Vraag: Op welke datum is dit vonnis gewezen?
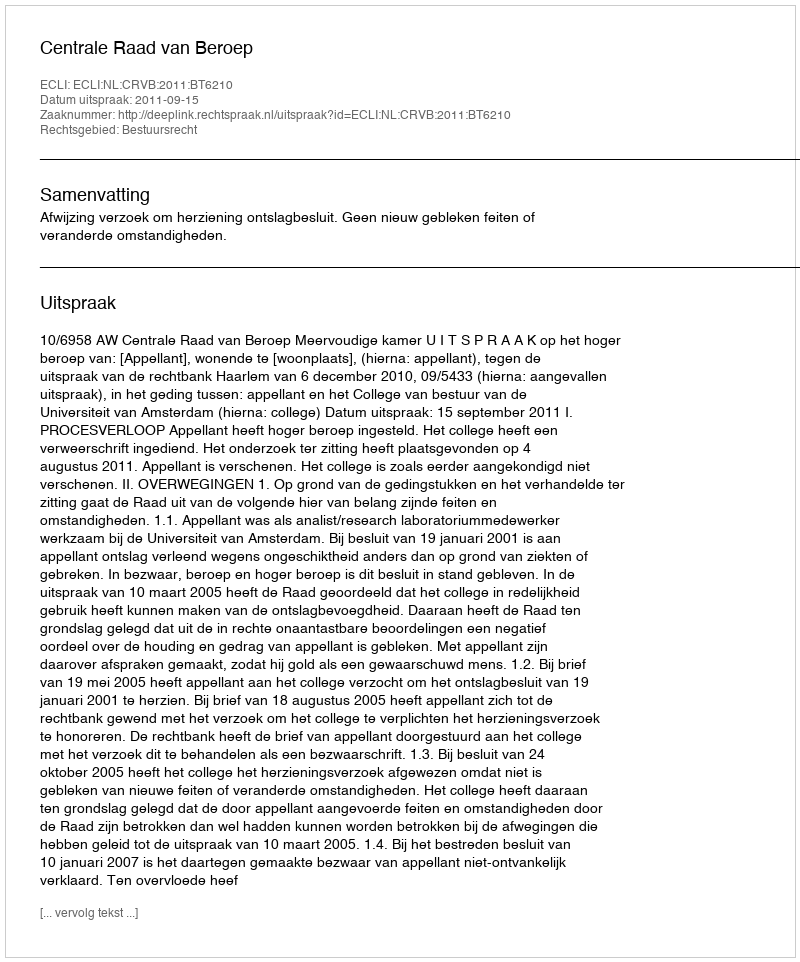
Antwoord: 2011-09-15